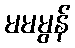
မမမွန်